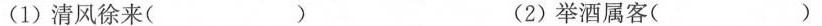
(1) 清风徐来( ) (2) 举酒属客( )